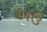
છાઉ